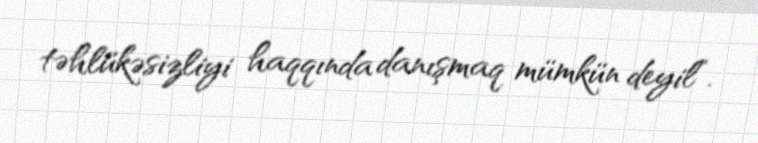
təhlükəsizliyi haqqında danışmaq mümkün deyil”.